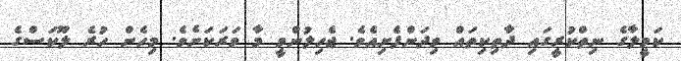
ކަމީލާގެ ނިތްކުރީގައި ދާތިކިތައް ވިދަންފެށިއެވެ. ޖެހިލުންވީ މާ ވަރަކަށެވެ. މިހެން ހުރެ ލޫކަސްގެ